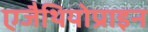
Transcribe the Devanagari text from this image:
एजैथियोप्राइन